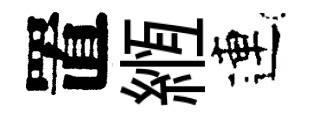
置縆連